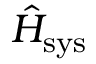
\hat { H } _ { \mathrm { s y s } }